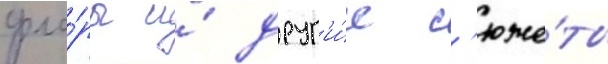
фло́ры и́ друг'и́е с'юже́ты